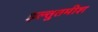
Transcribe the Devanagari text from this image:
इल्तुतमीश